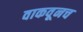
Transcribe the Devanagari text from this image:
वाकवूनच